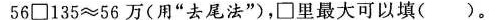
$$5 6 \Box 1 3 5 \approx 5 6$$万(用”去尾法”)，\Box 里最大可以填( )。